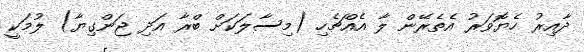
ދާއިރު ހެޔޮވަރު އެތެރޭން ލާ އެއްޗެހި (މިސާލަކަށް ބްރާ އަދި ޖަންގިޔާ) ލުމަކީ